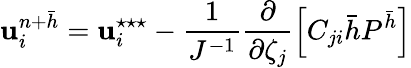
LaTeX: \mathbf{u}_{i}^{n+\bar{{h}}}=\mathbf{u}_{i}^{\star\star\star}-\frac{{1}}{{J^{-1}}}\frac{{\partial}}{{\partial\zeta_{j}}}\left[C_{ji}\bar{{h}}P^{\bar{{h}}}\right]